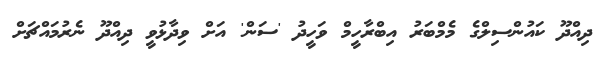
ދިއްދޫ ކައުންސިލްގެ މެމްބަރު އިބްރާހީމް ވަހީދު 'ސަން' އަށް ވިދާޅުވީ ދިއްދޫ ނެރުމައްޗަށް